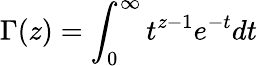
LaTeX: \Gamma(z)=\int_{0}^{\infty}t^{z-1}e^{-t}dt